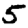
Digit: 5